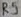
Text: R5